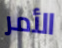
الأمر